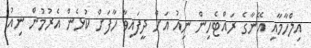
އިލްހާމާއި އޭނާގެ ރައްޓެހިން ނިއު އަށް ދީފައިވާ ހާފަށް ކުޅެން އެރުމުން ނިއު